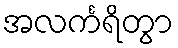
အလင်္ကရိတွာ